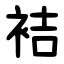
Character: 袺